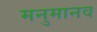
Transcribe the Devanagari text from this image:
मनुमानव